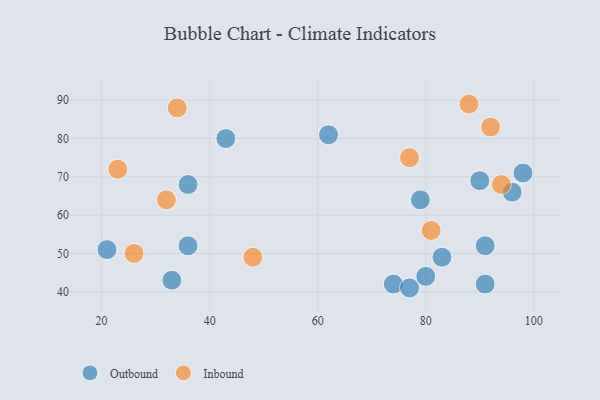
{"axis": {"x": "GDP", "y": "Life Expectancy"}, "legend": ["Inbound", "Outbound"], "data": [{"x": "62", "y": 81, "type": "Outbound"}, {"x": "90", "y": 69, "type": "Outbound"}, {"x": "36", "y": 68, "type": "Outbound"}, {"x": "21", "y": 51, "type": "Outbound"}, {"x": "98", "y": 71, "type": "Outbound"}, {"x": "83", "y": 49, "type": "Outbound"}, {"x": "33", "y": 43, "type": "Outbound"}, {"x": "74", "y": 42, "type": "Outbound"}, {"x": "77", "y": 41, "type": "Outbound"}, {"x": "91", "y": 42, "type": "Outbound"}, {"x": "80", "y": 44, "type": "Outbound"}, {"x": "79", "y": 64, "type": "Outbound"}, {"x": "36", "y": 52, "type": "Outbound"}, {"x": "96", "y": 66, "type": "Outbound"}, {"x": "43", "y": 80, "type": "Outbound"}, {"x": "91", "y": 52, "type": "Outbound"}, {"x": "32", "y": 64, "type": "Inbound"}, {"x": "77", "y": 75, "type": "Inbound"}, {"x": "94", "y": 68, "type": "Inbound"}, {"x": "48", "y": 49, "type": "Inbound"}, {"x": "88", "y": 89, "type": "Inbound"}, {"x": "23", "y": 72, "type": "Inbound"}, {"x": "26", "y": 50, "type": "Inbound"}, {"x": "81", "y": 56, "type": "Inbound"}, {"x": "34", "y": 88, "type": "Inbound"}, {"x": "92", "y": 83, "type": "Inbound"}]}